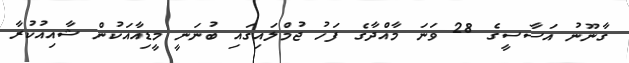
ގާނޫނު އަސާސީގެ 28 ވަނަ މާއްދާގެ ފަހު ޖުމްލައިގައި ބުނަނީ މީޑިއާއަކުން ޝާއިއުކުރާ